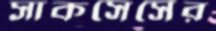
সাকসেসের